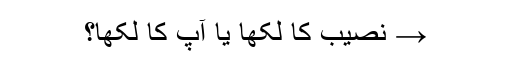
→ نصیب کا لکھا یا آپ کا لکھا؟